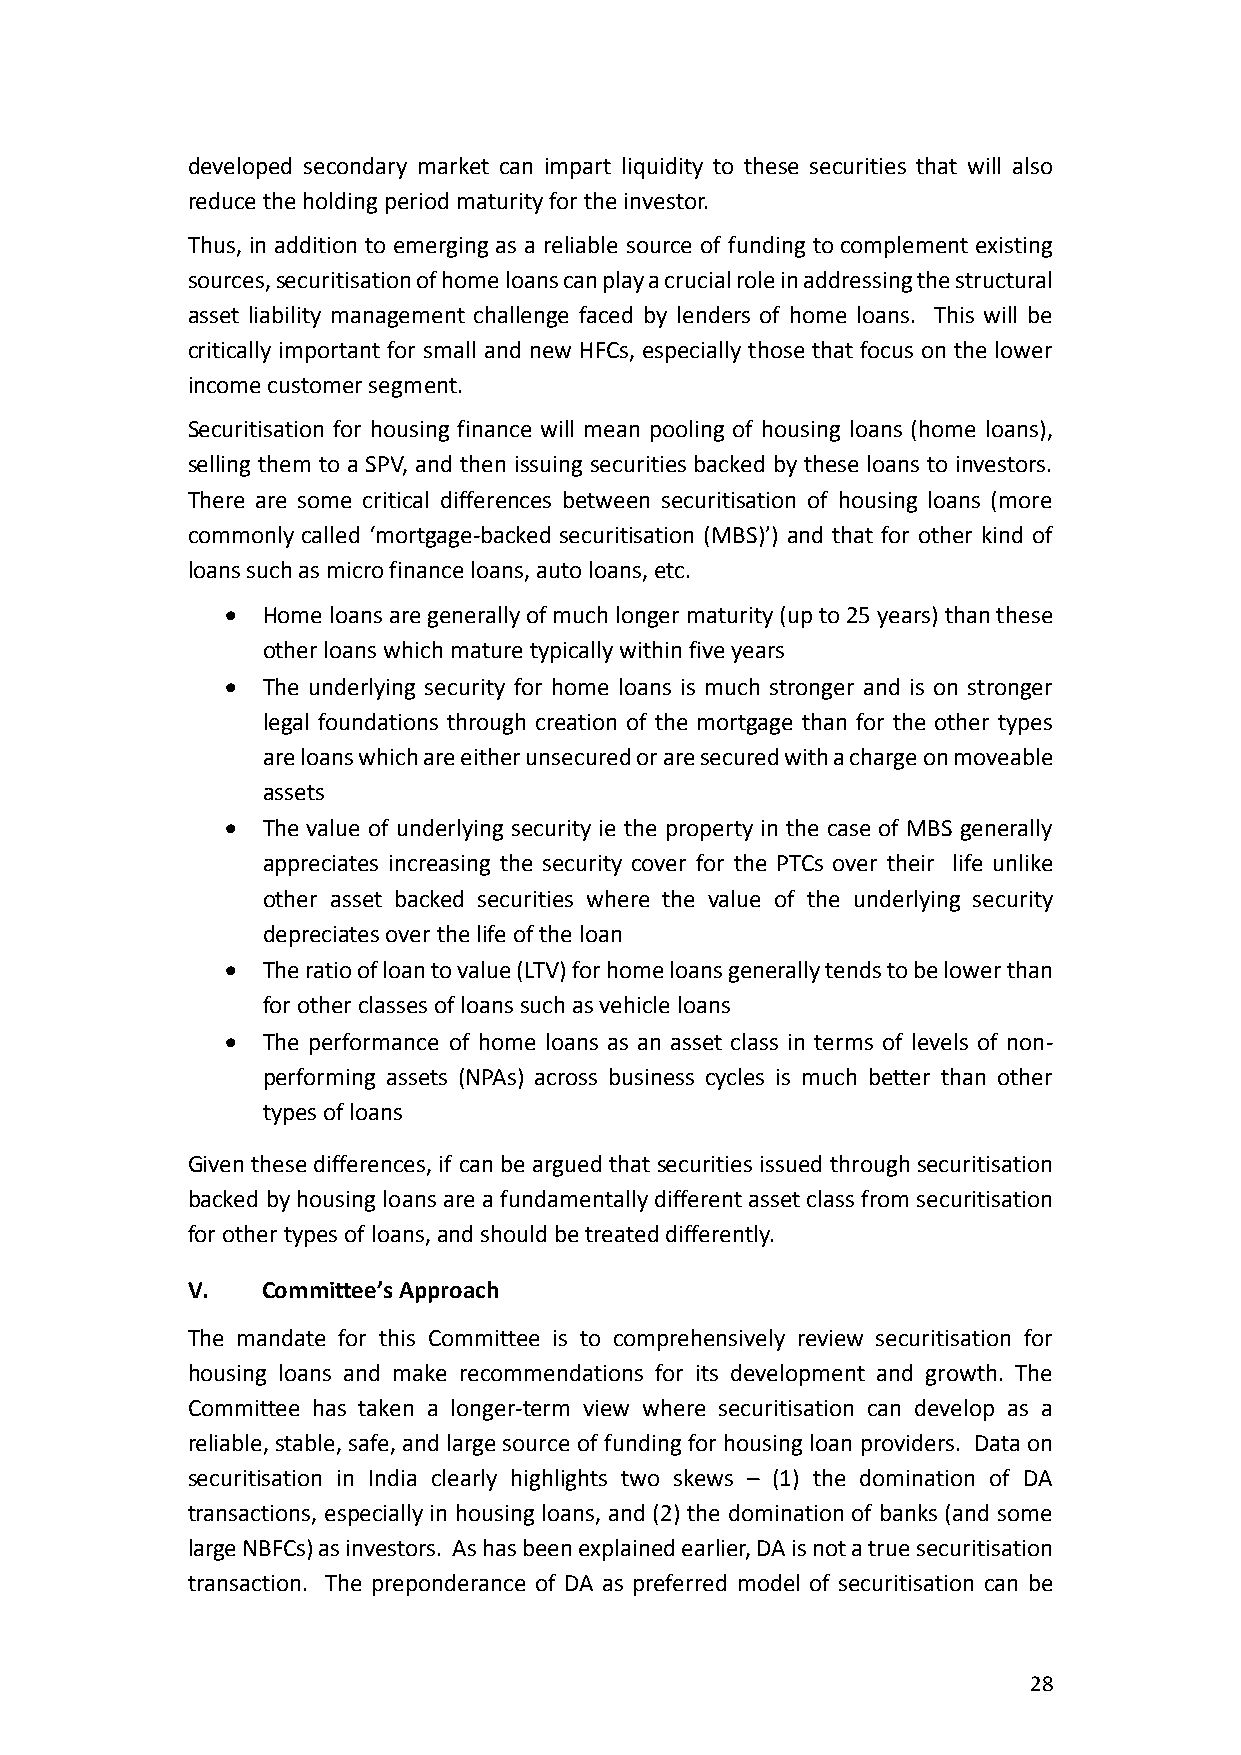
developed secondary market can impart liquidity to these securities that will also
 reduce the holding period maturity for the investor.
 Thus, in addition to emerging as a reliable source of funding to complement existing
 sources, securitisation of home loans can play a crucial role in addressing the structural
 asset liability management challenge faced by lenders of home loans. This will be
 critically important for small and new HFCs, especially those that focus on the lower
 income customer segment.
 Securitisation for housing finance will mean pooling of housing loans (home loans),
 selling them to a SPV, and then issuing securities backed by these loans to investors.
 There are some critical differences between securitisation of housing loans (more
 commonly called ‘mortgage-backed securitisation (MBS)’) and that for other kind of
 loans such as micro finance loans, auto loans, etc.
 • Home loans are generally of much longer maturity (up to 25 years) than these
 other loans which mature typically within five years
 • The underlying security for home loans is much stronger and is on stronger
 legal foundations through creation of the mortgage than for the other types
 are loans which are either unsecured or are secured with a charge on moveable
 assets
 • The value of underlying security ie the property in the case of MBS generally
 appreciates increasing the security cover for the PTCs over their life unlike
 other asset backed securities where the value of the underlying security
 depreciates over the life of the loan
 • The ratio of loan to value (LTV) for home loans generally tends to be lower than
 for other classes of loans such as vehicle loans
 • The performance of home loans as an asset class in terms of levels of non-
 performing assets (NPAs) across business cycles is much better than other
 types of loans
 Given these differences, if can be argued that securities issued through securitisation
 backed by housing loans are a fundamentally different asset class from securitisation
 for other types of loans, and should be treated differently.
 V.   Committee’s Approach
 The mandate for this Committee is to comprehensively review securitisation for
 housing loans and make recommendations for its development and growth. The
 Committee has taken a longer-term view where securitisation can develop as a
 reliable, stable, safe, and large source of funding for housing loan providers. Data on
 securitisation in India clearly highlights two skews – (1) the domination of DA
 transactions, especially in housing loans, and (2) the domination of banks (and some
 large NBFCs) as investors. As has been explained earlier, DA is not a true securitisation
 transaction. The preponderance of DA as preferred model of securitisation can be
 28